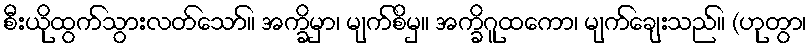
စီးယိုထွက်သွားလတ်သော်။ အက္ခိမှာ၊ မျက်စိမှ။ အက္ခိဂူထကော၊ မျက်ချေးသည်။ (ဟုတွာ၊